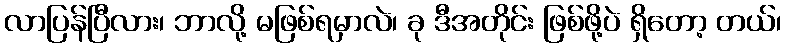
လာပြန်ပြီလား၊ ဘာလို့ မဖြစ်ရမှာလဲ၊ ခု ဒီအတိုင်း ဖြစ်ဖို့ပဲ ရှိတော့ တယ်၊